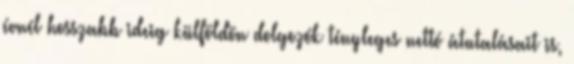
évnél hosszabb ideig külföldön dolgozók tényleges nettó átutalásait is,